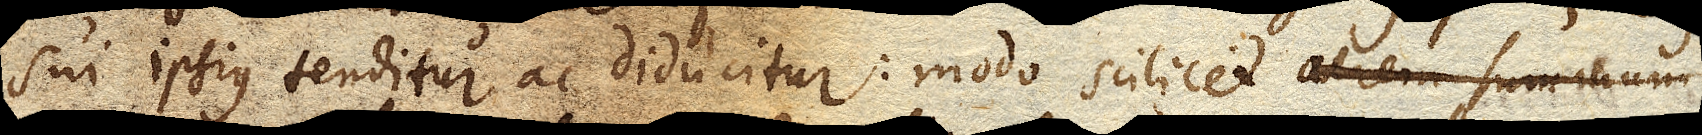
sui ipsius tenditur ac diducitur: modo scilicet aerem summum